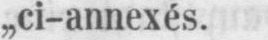
„ci-annexés.